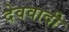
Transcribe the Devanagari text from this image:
देववादी